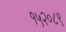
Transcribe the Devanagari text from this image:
१५२०८९